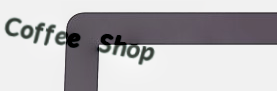
Coffee Shop